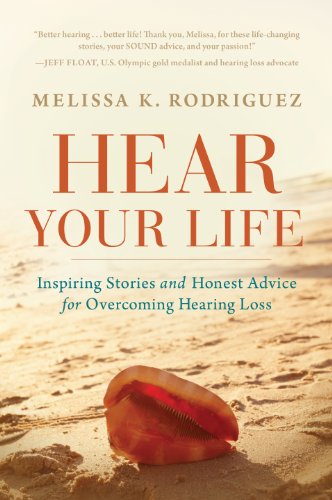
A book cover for Hear Your Life: Inspiring Stories and Honest Advice for Overcoming Hearing Loss; Melissa Kay Rodriguez; Health, Fitness & Dieting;